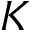
K